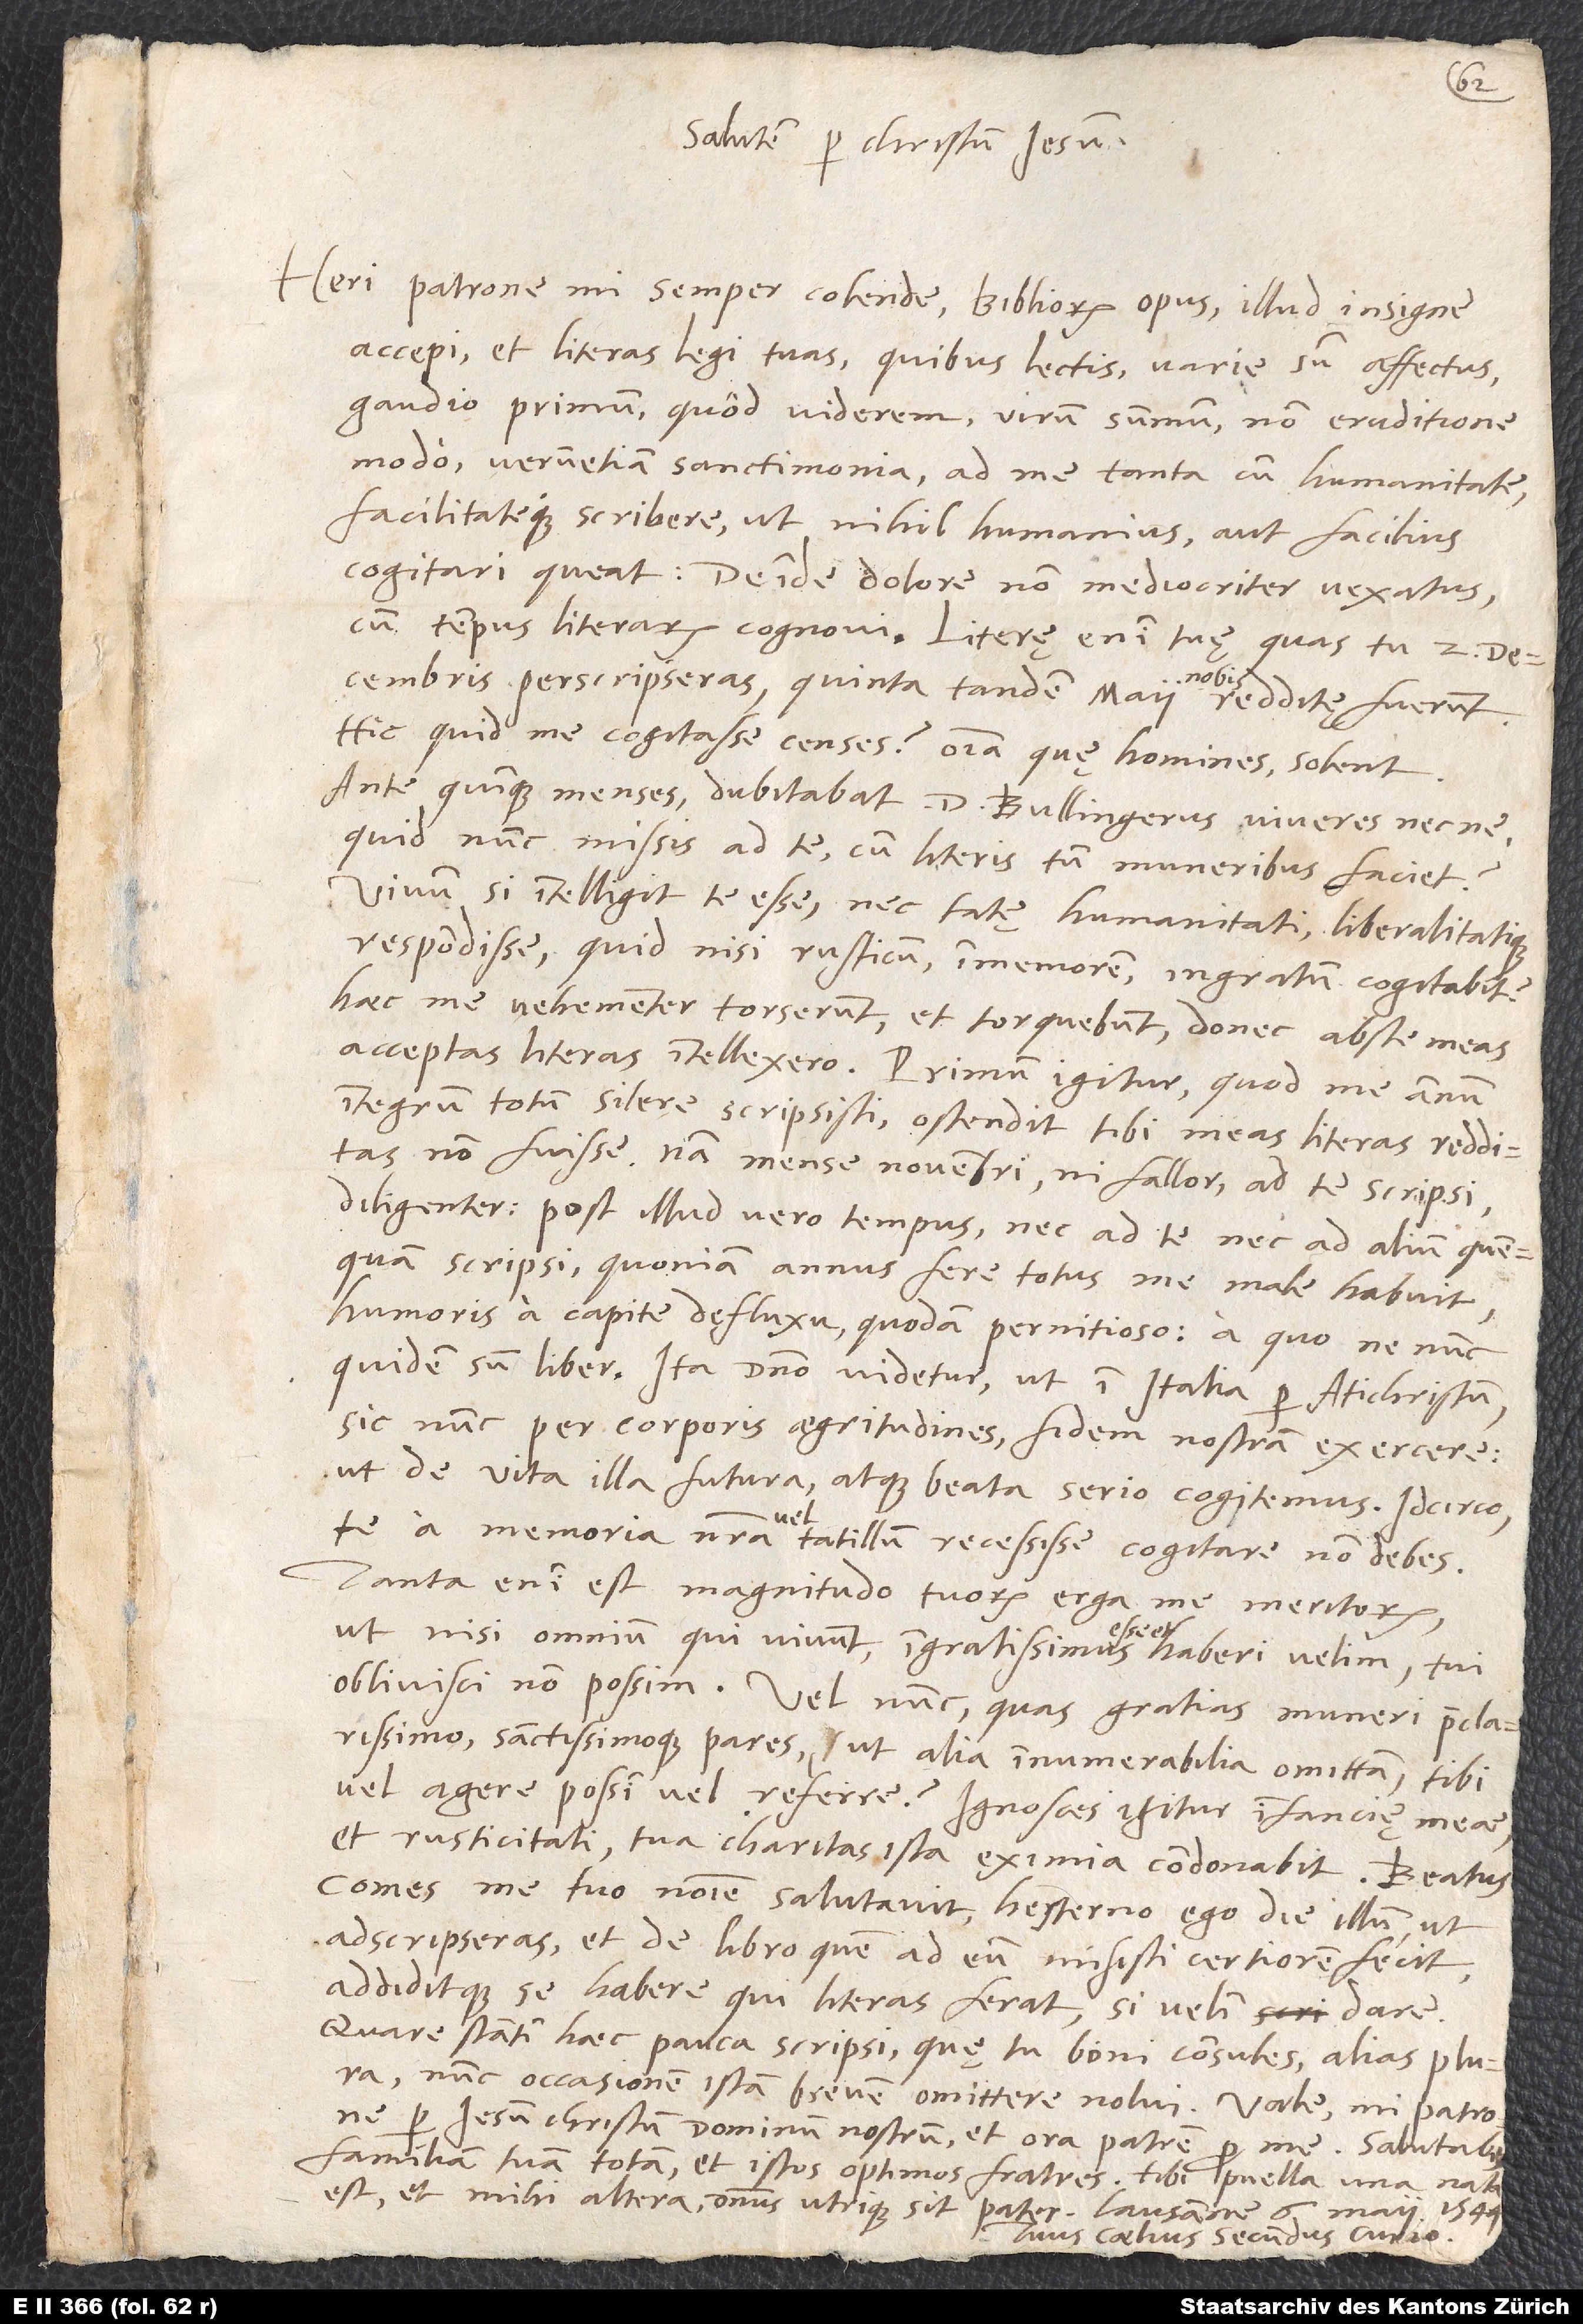
Salutem per Christum Iesum.
Heri, patrone mi semper colende, Bibliorum opus illud insigne
accepi et literas legi tuas, quibus lectis varie sum affectus,
gaudio primum, quod viderem virum summum non eruditione
modo, verumetiam sanctimonia, ad me tanta cum humanitate
facilitateque scribere, ut nihil humanius aut facilius
cogitari queat. Deinde dolore non mediocriter vexatus,
cum tempus literarum cognovi; literę enim tuę, quas tu 2.
decembris perscripseras, quinta tandem maii nobis
redditę fuerunt.
Hic quid me cogitasse censes? Omnia, quę homines solent.
Ante quinque menses dubitabat d. Bullingerus, viveres necne;
quid nunc missis ad te cum literis tum muneribus faciet?
Vivum si intelligit te esse nec tantę humanitati liberalitatique
respondisse, quid nisi rusticum, immemorem, ingratum cogitabit?
Haec me vehementer torserunt et torquebunt, donec abs te meas
acceptas literas intellexero. Primum igitur, quod me annum
integrum totum silere scripsisti, ostendit tibi meas literas redditas
non fuisse; nam mense novembri, ni fallor, ad te scripsi
diligenter. Post illud vero tempus nec ad te nec ad alium quenquam
scripsi, quoniam annus fere totus me male habuit
humoris a capite defluxu quodam pernitioso, a quo ne nunc
quidem sum liber. Ita domino videtur ut in Italia per antichristum,
sic nunc per corporis aegritudines fidem nostram exercere,
ut de vita illa futura atque beata serio cogitemus. Idcirco
te a memoria nostra
tantillum recessisse cogitare non debes;
tanta enim est magnitudo tuorum erga me meritorum,
ut, nisi omnium, qui vivunt, ingratissimus esse et haberi velim, tui
oblivisci non possim. Vel nunc, quas gratias muneri praeclarissimo
sanctissimoque pares, ut alia innumerabilia omittam, tibi
vel agere possim vel referre? Ignosces igitur infancię meae
et rusticitati; tua charitas ista eximia condonabit. Beatus
Comes me tuo nomine salutavit - hesterno ego die illum, ut
adscripseras, et de libro, quem ad eum misisti, certiorem fecit
addiditque se habere, qui literas ferat, si velim dare.
Quare statim haec pauca scripsi, quę tu boni consules. Alias plura;
nunc occasionem istam brevem omittere nolui. Vale, mi patrone,
per Iesum Christum, dominum nostrum, et ora patrem pro me. Salutabis
familiam tuam totam et istos optimos fratres. Tibi puella una nata
est et mihi altera; dominus utrique sit pater. Lausanne, 6. maii 1544.
Tuus Coelius Secundus Curio.